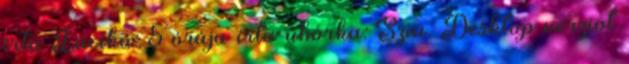
írta Lacika: 5 órája írta uborka: Szia. Desktop verziot